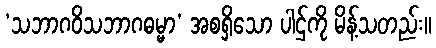
‘သဘာဂဝိသဘာဂဓမ္မာ’ အစရှိသော ပါဌ်ကို မိန့်သတည်း။